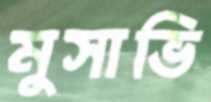
মুসাভি